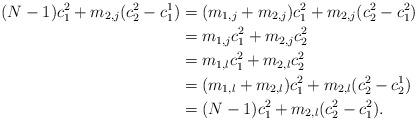
LaTeX: \begin{align*}(N-1)c_1^2+m_{2,j}(c_2^2-c_1^1)&=(m_{1,j}+m_{2,j})c_1^2+ m_{2,j}(c_2^2-c_1^2)\\&= m_{1,j}c_1^2+m_{2,j}c_2^2\\&= m_{1,l}c_1^2+m_{2,l}c_2^2\\&=(m_{1,l}+m_{2,l})c_1^2+m_{2,l}(c_2^2-c_2^1)\\&= (N-1)c_1^2+m_{2,l}(c_2^2-c_1^2).\end{align*}